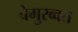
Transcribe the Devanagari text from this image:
बेमुरव्वत